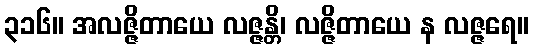
၃၁၆။ အလဇ္ဇိတာယေ လဇ္ဇန္တိ၊ လဇ္ဇိတာယေ န လဇ္ဇရေ။